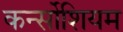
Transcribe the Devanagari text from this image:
कर्न्सोशियम